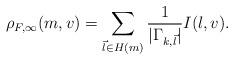
LaTeX: \begin{align*} \rho_{F,\infty}(m,v)= \sum_{\vec{l}\in H(m)} \frac{1}{|\Gamma_{k,\vec{l}}|}I(l,v).\end{align*}